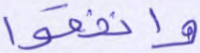
وأنفقوا